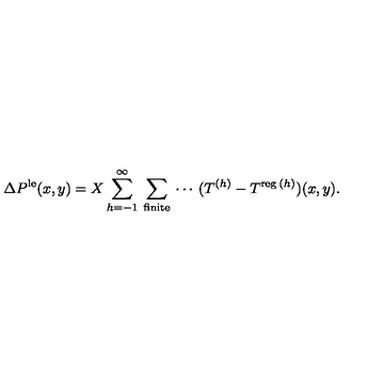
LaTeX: \Delta P ^ { \mathrm { \scriptsize { l e } } } ( x , y ) = X \sum _ { h = - 1 } ^ { \infty } \: \sum _ { \mathrm { \scriptsize { f i n i t e } } } \: \cdots \: ( T ^ { ( h ) } - T ^ { \mathrm { \scriptsize { r e g } } \: ( h ) } ) ( x , y ) .